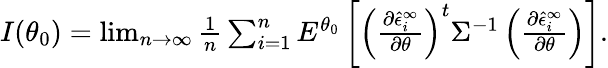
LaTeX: \begin{array}{r}{I(\theta_{0})=\operatorname*{lim}_{n\rightarrow\infty}\frac{1}{n}\sum_{i=1}^{n}E^{\theta_{0}}\left[\left(\frac{\partial\hat{\epsilon}_{i}^{\infty}}{\partial\theta}\right)^{t}\Sigma^{-1}\left(\frac{\partial\hat{\epsilon}_{i}^{\infty}}{\partial\theta}\right)\right].}\end{array}